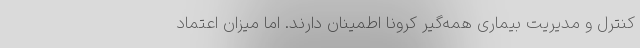
کنترل و مدیریت بیماری همه‌گیر کرونا اطمینان دارند. اما میزان اعتماد